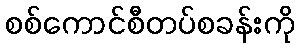
စစ်ကောင်စီတပ်စခန်းကို